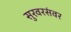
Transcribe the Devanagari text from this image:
सुरवरसंवर